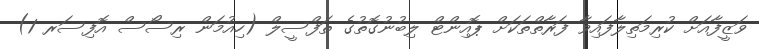
ވަޒީފާއަށް ކުރިމަތިލާފައިވާ ފަރާތްތަކަށް ޕޮއިންޓް ލިބުނުގޮތުގެ ތަފްސީލް (ހިއުމަން ރިސޯސް އޮފިސަރ 1)